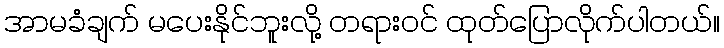
အာမခံချက် မပေးနိုင်ဘူးလို့ တရားဝင် ထုတ်ပြောလိုက်ပါတယ်။